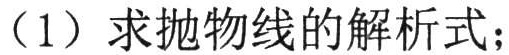
（1）求抛物线的解析式；